Document type: Confirmation
Year: 1374
Scribe: Ramon Camat
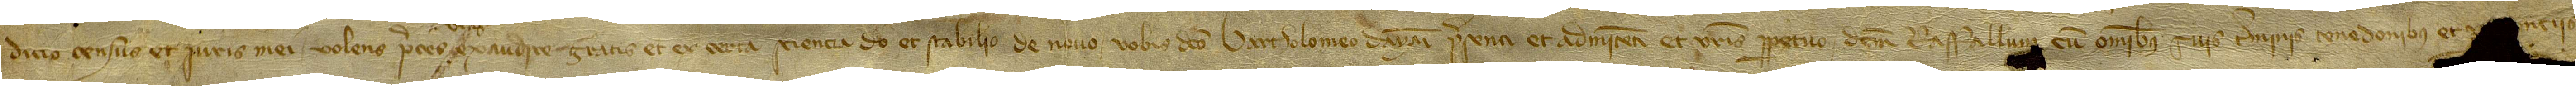
dicio census et iuris mei, volens preces exaudire, gratis et ex certa sciencia do et stabilio de novo vobis dicto Bartholomeo Dayani, presenti et admitenti, et vestris perpetuo dictum raffallum, cum omnibus suis terminis, tenedonibus et [pertine]nciis,